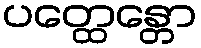
ပတ္ထေန္တော